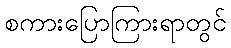
စကားပြောကြားရာတွင်